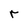
Character: r